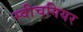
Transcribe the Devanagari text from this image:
स्वीचगियर